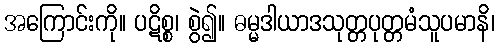
အကြောင်းကို။ ပဋိစ္စ၊ စွဲ၍။ ဓမ္မဒါယာဒသုတ္တပုတ္တမံသူပမာနိ၊